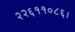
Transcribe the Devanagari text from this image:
२२६११०८६।